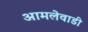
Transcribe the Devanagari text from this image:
आमलेवाडी